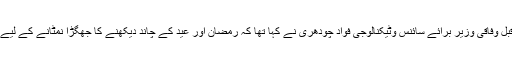
خیال رہے کہ رمضان کے آغاز سے ایک دن قبل وفاقی وزیر برائے سائنس وٹیکنالوجی فواد چودھری نے کہا تھا کہ رمضان اور عید کے چاند دیکھنے کا جھگڑا نمٹانے کے لیے ٹیکنالوجی سے مدد لینے کا فیصلہ کیا گیا ہے۔